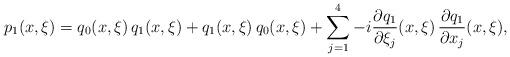
LaTeX: \begin{align*}p_1(x, \xi)= q_0(x, \xi) \, q_1(x, \xi)+ q_1(x, \xi) \, q_0(x, \xi) + \sum _{j=1}^4 -i \frac{\partial q_1}{\partial \xi _j}(x, \xi) \, \frac{\partial q_1}{\partial x_j} (x, \xi), \end{align*}